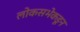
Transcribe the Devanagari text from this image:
लोकसभेकडून